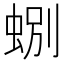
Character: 𫊽